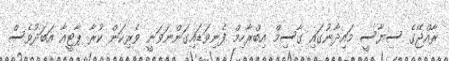
ރާއްޖޭގެ ސިޔާސީ މައިދާނުގައި ގާސިމް އިބްރާހިމް ފެނިވަޑައިގަންނަވަނީ ވެރިކަން ކުރާ ޕާޓީއާ އަބަދުވެސް